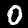
Label: 0